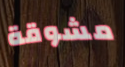
مشوقة